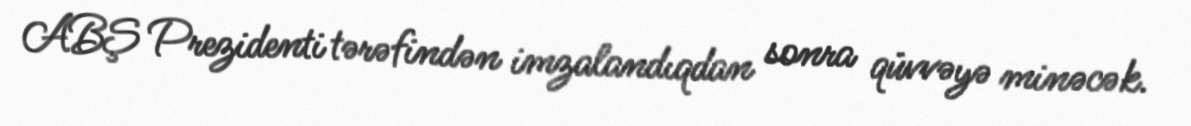
ABŞ Prezidenti tərəfindən imzalandıqdan sonra qüvvəyə minəcək.